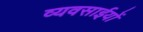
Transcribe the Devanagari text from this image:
व्यवसाईयों